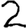
Digit: 2